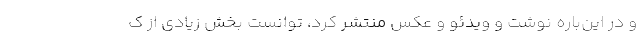
و در این‌باره نوشت و ویدئو و عکس منتشر کرد، توانست بخش زیادی از ک